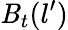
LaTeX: \mathit{B}_{t}(l^{\prime})